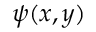
\psi ( x , y )